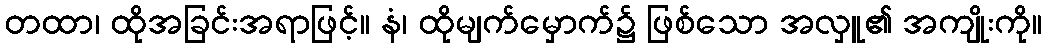
တထာ၊ ထိုအခြင်းအရာဖြင့်။ နံ၊ ထိုမျက်မှောက်၌ ဖြစ်သော အလှူ၏ အကျိုးကို။